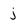
Character: j